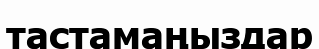
тастамаңыздар